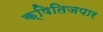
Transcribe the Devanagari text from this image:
क्षितिजपार